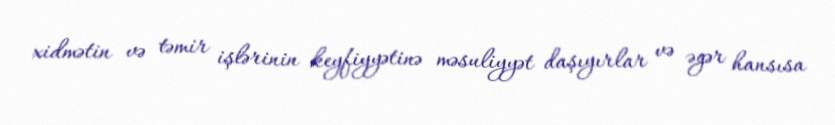
xidmətin və təmir işlərinin keyfiyyətinə məsuliyyət daşıyırlar və əgər hansısa